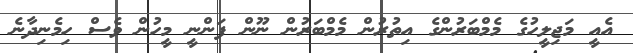
އެއީ މަޖިލީހުގެ މެމްބަރުންގެ އިތުރުން މެމްބަރުން ނޫން ފަންނީ މީހުން ވެސް ހިމެނިދާނެ